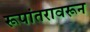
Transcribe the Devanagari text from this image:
रूपांतरावरून